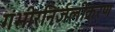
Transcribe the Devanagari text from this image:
गंभीरनिर्जलीकरण